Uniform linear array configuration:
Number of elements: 64
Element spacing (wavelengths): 0.25
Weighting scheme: hann
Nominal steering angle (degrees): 15
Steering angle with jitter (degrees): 14.77
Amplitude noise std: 0.05
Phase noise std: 0.05

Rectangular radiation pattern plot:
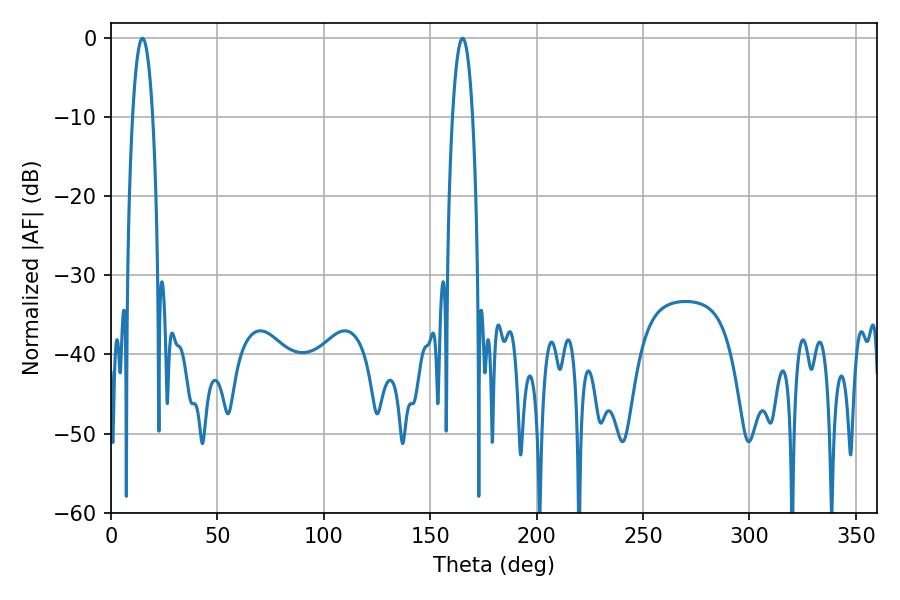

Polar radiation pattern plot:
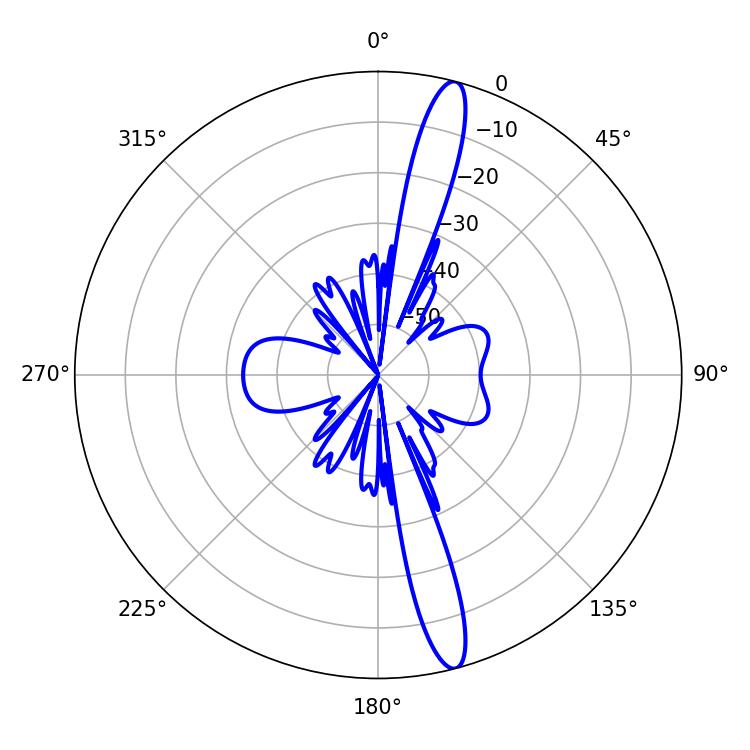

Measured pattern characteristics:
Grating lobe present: FALSE
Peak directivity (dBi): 15.995
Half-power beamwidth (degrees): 5.22
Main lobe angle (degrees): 14.76